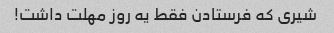
شیری که فرستادن فقط یه روز مهلت داشت!